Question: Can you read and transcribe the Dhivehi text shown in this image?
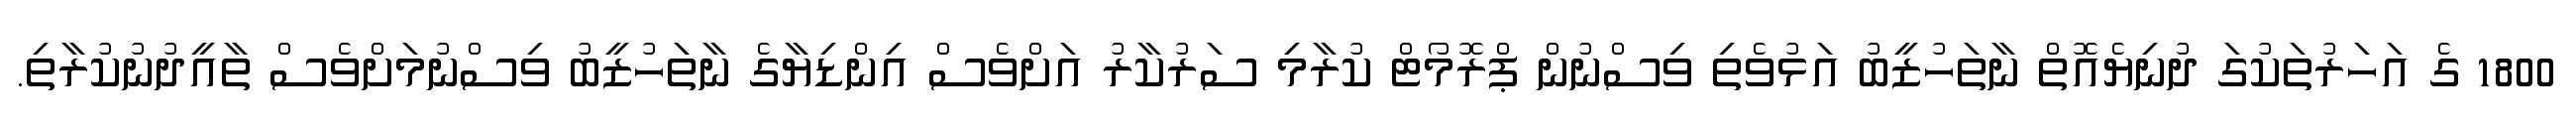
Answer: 1800 ގެ އަހަރުތަކުގަ ދުނިޔެއޮތް ނާތަހުޒީބު އަޅުވެތި ވިސްނުން ޕްރޮމޯޓް ކުރާމި ސަރުކާރު އަށްވެސް އިންޑިޔާގެ ނާތަހުޒީބު ވިސްނުމަށްވެސް ތާއީދުނުކުރާތި.